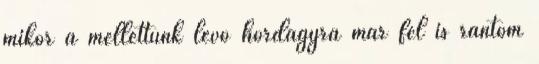
mikor a mellettünk lévő hordágyra már fel is rántom